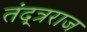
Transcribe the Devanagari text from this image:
तंद्त्रराज